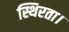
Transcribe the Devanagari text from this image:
स्थिरता।